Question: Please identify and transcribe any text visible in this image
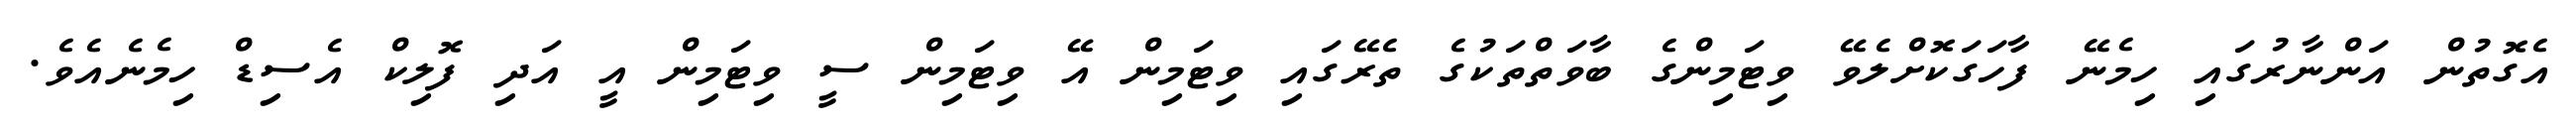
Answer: އެގޮތުން އަންނާރުގައި ހިމެނޭ ފާހަގަކޮށްލެވޭ ވިޓަމިންގެ ބާވަތްތަކުގެ ތެރޭގައި ވިޓަމިން އޭ ވިޓަމިން ސީ ވިޓަމިން އީ އަދި ފޮލިކް އެސިޑް ހިމެނެއެވެ.